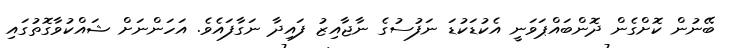
ބޭނުން ކޮށްގެން ދޮންބައްޕަވަނީ އެކުޑަކުޑަ ނަފުސުގެ ނާޖާއިޒު ފައިދާ ނަގާފައެވެ. އަހަންނަށް ޝައްކުވާގޮތުގައި